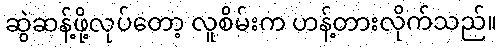
ဆွဲဆန့်ဖို့လုပ်တော့ လူစိမ်းက ဟန့်တားလိုက်သည်။